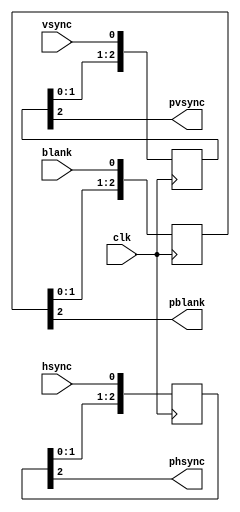
module AV_sync_pipeline
    #(
    parameter stages = 3
    )
    (
    input clk,
    input hsync,
    input vsync,
    input blank,
    
    output phsync,
    output pvsync,
    output pblank
    );
    reg [stages-1:0] h_pipe;
    reg [stages-1:0] v_pipe;
    reg [stages-1:0] b_pipe;
    
    assign phsync = h_pipe[stages-1];
    assign pvsync = v_pipe[stages-1];
    assign pblank = b_pipe[stages-1];
    
    always @(posedge clk) begin
        h_pipe[stages-1:0] <= {h_pipe[stages-2:0],hsync};
        v_pipe[stages-1:0] <= {v_pipe[stages-2:0],vsync};
        b_pipe[stages-1:0] <= {b_pipe[stages-2:0],blank};
    end
    
endmodule